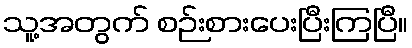
သူ့အတွက် စဉ်းစားပေးပြီးကြပြီ။